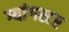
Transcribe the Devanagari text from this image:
ग्यांगस्टर